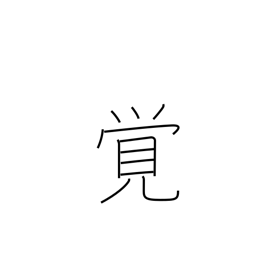
Meaning: remember